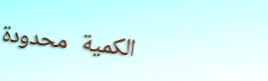
الكمية محدودة